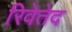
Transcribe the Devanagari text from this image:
रिवेतेद